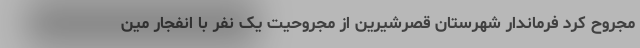
مجروح کرد فرماندار شهرستان قصرشیرین از مجروحیت یک نفر با انفجار مین